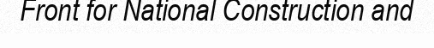
Front for National Construction and